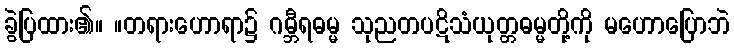
ခွဲပြထား၏။ ။တရားဟောရာ၌ ဂမ္ဘီရဓမ္မ သုညတပဋိသံယုတ္တဓမ္မတို့ကို မဟောပြောဘဲ